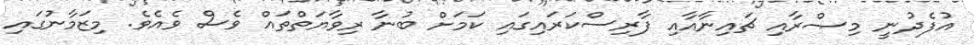
އުފެދުނީ މިޞްރާއި ޗައިނާއާއި ފާރިސްކަރައިގައި ކަމަށް ބުނާ ރިވާޔަތްތައް ވެސް ވެއެވެ. މިޒަމާނުގައި